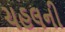
ચહલની